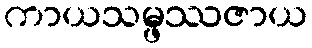
ကာယသမ္ဖဿဇာယ